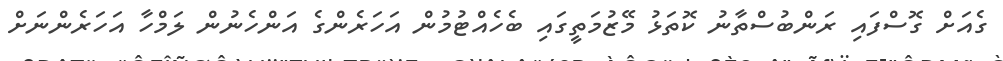
ގެއަށް ގޮސްފައި ރަންބުސްތާނު ކޮތަޅު މޭޒުމަތީގައި ބެހެއްޓުމުން އަހަރެންގެ އަންހެނުން ލަމްހާ އަހަރެންނަށް